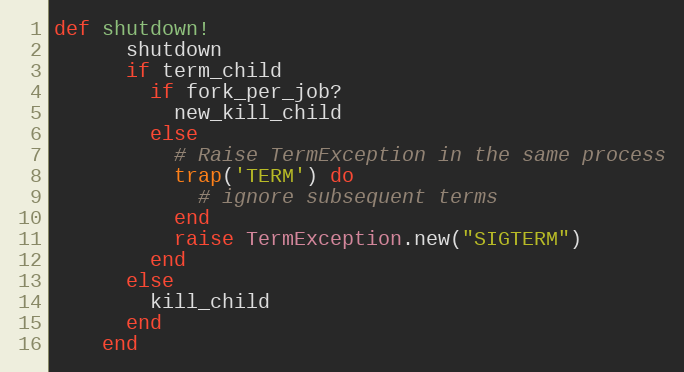
Language: Ruby
def shutdown!
      shutdown
      if term_child
        if fork_per_job?
          new_kill_child
        else
          # Raise TermException in the same process
          trap('TERM') do
            # ignore subsequent terms
          end
          raise TermException.new("SIGTERM")
        end
      else
        kill_child
      end
    end